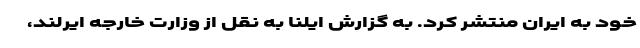
خود به ایران منتشر کرد‌. به گزارش ایلنا به نقل از وزارت خارجه ایرلند،